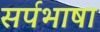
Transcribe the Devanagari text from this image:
सर्पभाषा